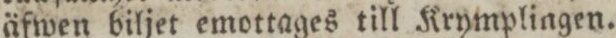
äfwen biljet emottages till Krymplingen.